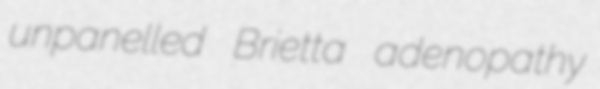
unpanelled Brietta adenopathy